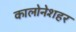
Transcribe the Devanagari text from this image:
कालोनेशहर